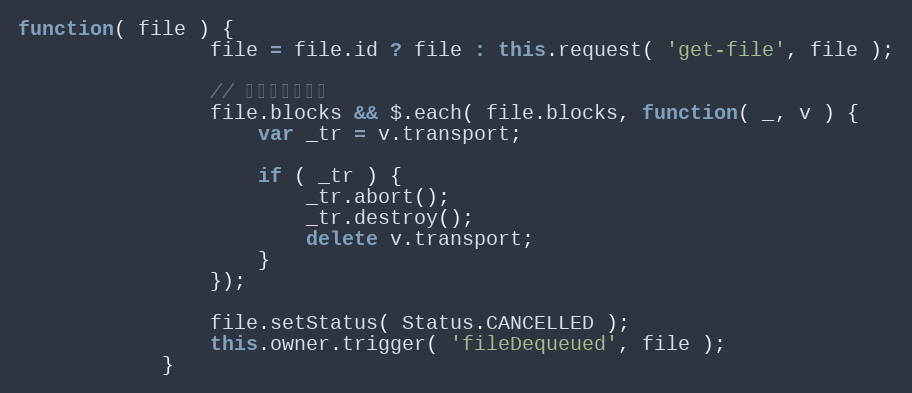
Language: JavaScript
function( file ) {
                file = file.id ? file : this.request( 'get-file', file );

                // 如果正在上传。
                file.blocks && $.each( file.blocks, function( _, v ) {
                    var _tr = v.transport;

                    if ( _tr ) {
                        _tr.abort();
                        _tr.destroy();
                        delete v.transport;
                    }
                });

                file.setStatus( Status.CANCELLED );
                this.owner.trigger( 'fileDequeued', file );
            }